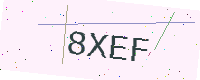
Text: 8XEF